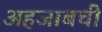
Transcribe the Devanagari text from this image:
अहजाबची